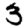
Digit: 3